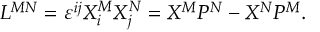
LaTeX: L ^ { M N } = \varepsilon ^ { i j } X _ { i } ^ { M } X _ { j } ^ { N } = X ^ { M } P ^ { N } - X ^ { N } P ^ { M } .